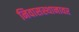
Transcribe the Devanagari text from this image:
निवासस्थानावर